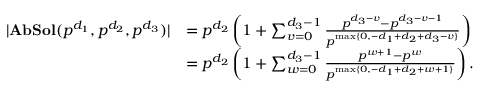
\begin{array} { r l } { | \mathbf { A b S o l } ( p ^ { d _ { 1 } } , p ^ { d _ { 2 } } , p ^ { d _ { 3 } } ) | } & { = p ^ { d _ { 2 } } \left( 1 + \sum _ { v = 0 } ^ { d _ { 3 } - 1 } \frac { p ^ { d _ { 3 } - v } - p ^ { d _ { 3 } - v - 1 } } { p ^ { \operatorname* { m a x } \{ 0 , - d _ { 1 } + d _ { 2 } + d _ { 3 } - v \} } } \right) } \\ & { = p ^ { d _ { 2 } } \left( 1 + \sum _ { w = 0 } ^ { d _ { 3 } - 1 } \frac { p ^ { w + 1 } - p ^ { w } } { p ^ { \operatorname* { m a x } \{ 0 , - d _ { 1 } + d _ { 2 } + w + 1 \} } } \right) . } \end{array}